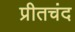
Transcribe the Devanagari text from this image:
प्रीतचंद